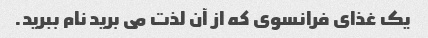
یک غذای فرانسوی که از آن لذت می برید نام ببرید.